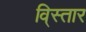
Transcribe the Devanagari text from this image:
वि्स्तार